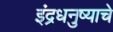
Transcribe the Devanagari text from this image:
इंद्रधनुष्याचे